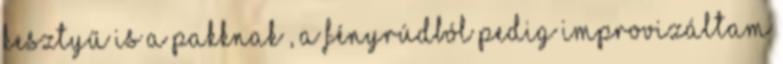
kesztyű is a pakknak , a fényrúdból pedig improvizáltam